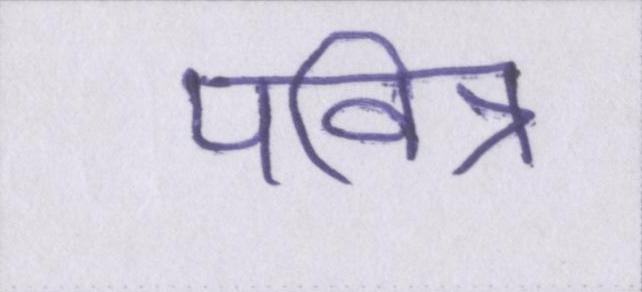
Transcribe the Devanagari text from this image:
पवित्र